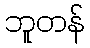
ဘူတန်